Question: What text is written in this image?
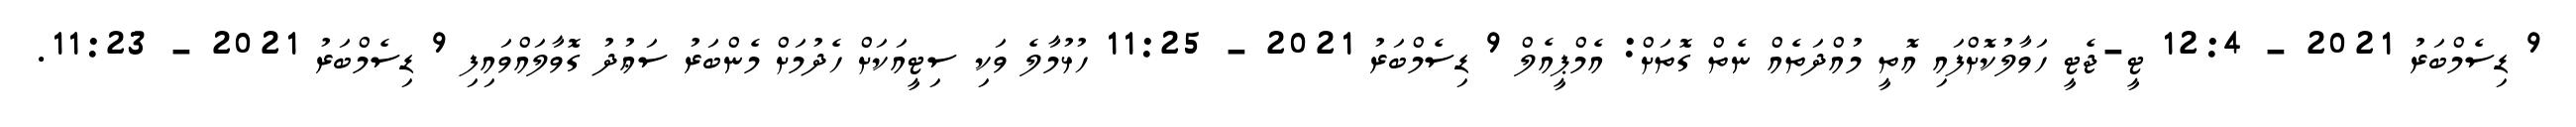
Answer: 9 ޑިސެމްބަރު 2021 - 12:4 ޓީ-ޖެޓީ ހަވާލުކޮށްފައި އޮތީ މުއްދަތެއް ނެތް ގޮތަށް: އެމްޕީއެލް 9 ޑިސެމްބަރު 2021 - 11:25 ހުޅުމާލެ ވަކި ސިޓީއަކަށް ހެދުމަށް މެންބަރު ސަޢުދު ގޮވާލައްވައިފި 9 ޑިސެމްބަރު 2021 - 11:23.